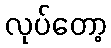
လုပ်တော့